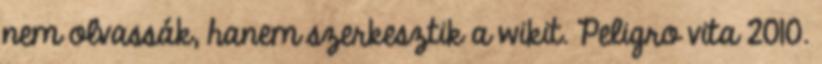
nem olvassák, hanem szerkesztik a wikit. Peligro vita 2010.